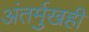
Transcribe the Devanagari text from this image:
अंतर्मुखही